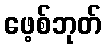
ဖေ့စ်ဘုတ်